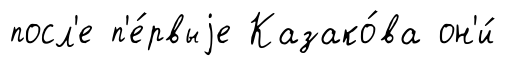
посл'е п'е́рвыjе Казако́ва он'и́